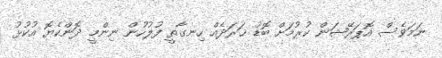
ނަމަވެސް އޮޕަރޭޝަން ކުރުމަށް ބޮޑު ޚަރަދެއް ހިނގާތީ ފުލުހުން ނިންމީ ދޮންކެޔޮ އުކުޅު